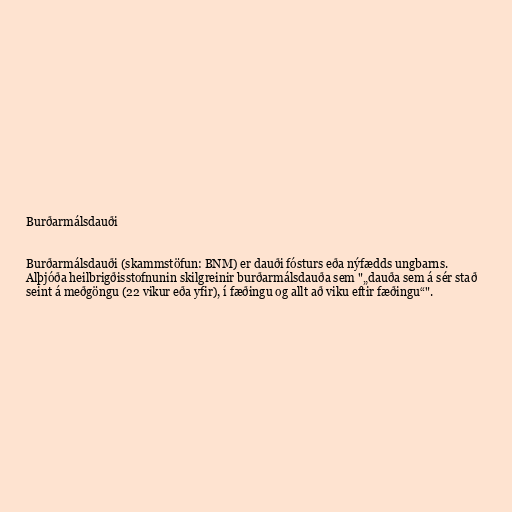
Burðarmálsdauði

Burðarmálsdauði (skammstöfun: BNM) er dauði fósturs eða nýfædds ungbarns.
Alþjóða heilbrigðisstofnunin skilgreinir burðarmálsdauða sem "„dauða sem á sér stað
seint á meðgöngu (22 vikur eða yfir), í fæðingu og allt að viku eftir fæðingu“".